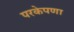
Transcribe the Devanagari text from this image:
परकेपणा